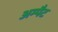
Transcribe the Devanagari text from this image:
अम्पैट